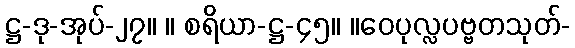
ဋ္ဌ-ဒု-အုပ်-၂၇။ ။ စရိယာ-ဋ္ဌ-၄၅။ ။ဝေပုလ္လပဗ္ဗတသုတ်-